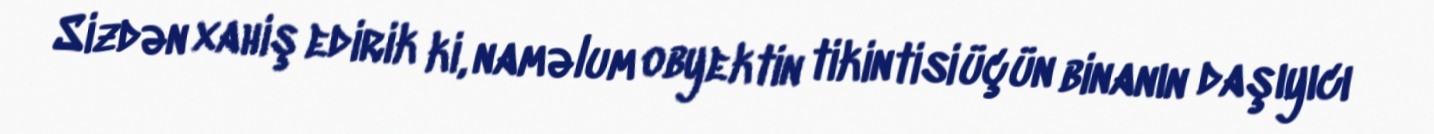
Sizdən xahiş edirik ki, naməlum obyektin tikintisi üçün binanın daşıyıcı